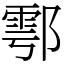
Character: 鄠